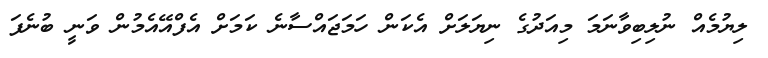
ލިޔުމެއް ނުލިބިވާނަމަ މިއަދުގެ ނިޔަލަށް އެކަން ހަމަޖައްސާނެ ކަމަށް އެފްއޭއެމުން ވަނީ ބުނެފަ